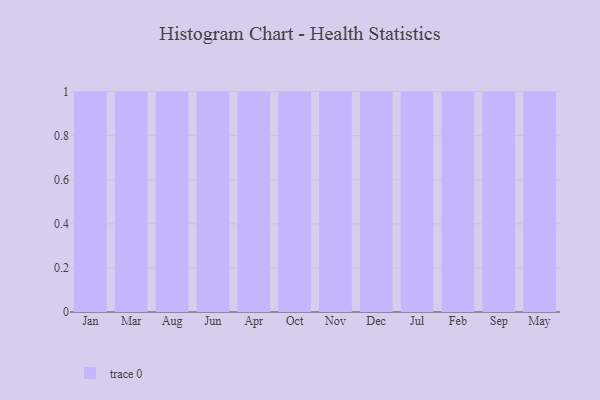
{"axis": {"x": "Month", "y": "Bounce Rate (%)"}, "legend": [""], "data": [{"x": "Jan", "y": 79, "type": ""}, {"x": "Mar", "y": 95, "type": ""}, {"x": "Aug", "y": 28, "type": ""}, {"x": "Jun", "y": 49, "type": ""}, {"x": "Apr", "y": 73, "type": ""}, {"x": "Oct", "y": 89, "type": ""}, {"x": "Nov", "y": 18, "type": ""}, {"x": "Dec", "y": 47, "type": ""}, {"x": "Jul", "y": 80, "type": ""}, {"x": "Feb", "y": 16, "type": ""}, {"x": "Sep", "y": 98, "type": ""}, {"x": "May", "y": 18, "type": ""}]}